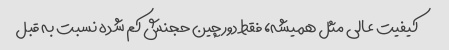
کیفیت عالی مثل همیشه، فقط دورچین حجنش کم شده نسبت به قبل